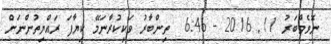
ނޮވެމްބަރު 11